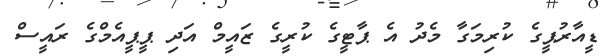
ޑީއާރުޕީގެ ކުރިމަގާ މެދު އެ ޕާޓީގެ ކުރީގެ ޒައީމް އަދި ޕީޕީއެމްގެ ރައީސް